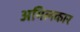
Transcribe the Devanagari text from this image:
अमिलकार